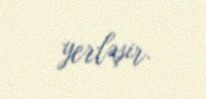
yerləşir.